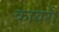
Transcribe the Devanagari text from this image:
कायरी